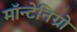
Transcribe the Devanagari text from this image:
मॉन्टेनिग्रो